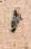
候